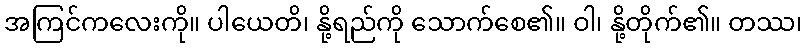
အကြင်ကလေးကို။ ပါယေတိ၊ နို့ရည်ကို သောက်စေ၏။ ဝါ၊ နို့တိုက်၏။ တဿ၊